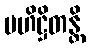
ဗဟိဋ္ဌိတန္တိ